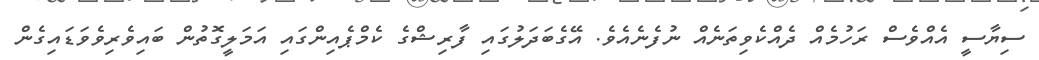
ސިޔާސީ އެއްވެސް ރަހުމެއް ދެއްކެވިތަނެއް ނުފެނެއެވެ. އޭގެބަދަލުގައި ފާރިޝްގެ ކެމްޕެއިންގައި އަމަލީގޮތުން ބައިވެރިވެވަޑައިގެން